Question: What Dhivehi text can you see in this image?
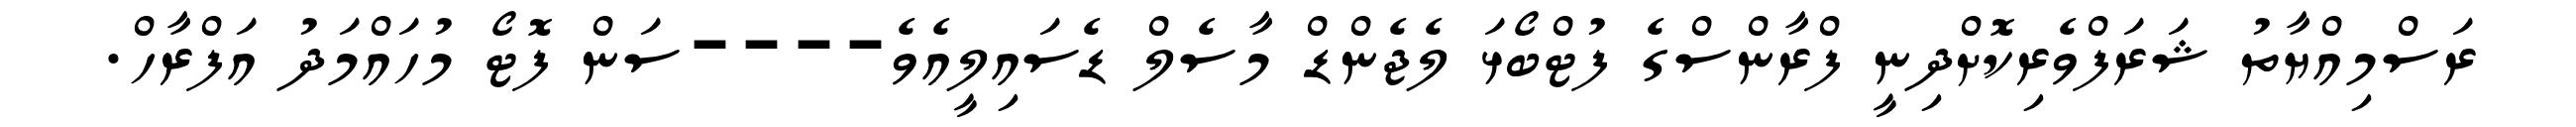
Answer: ރަސްމިއްޔާތު ޝަރަފްވެރިކޮށްދިނީ ފްރާންސްގެ ފުޓްބޯޅަ ލެޖެންޑް މާސެލް ޑެސައިލީއެވެ----ސަން ފޮޓޯ މުހައްމަދު އަފްރާހް.